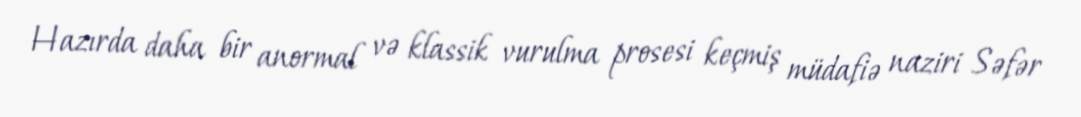
Hazırda daha bir anormal və klassik vurulma prosesi keçmiş müdafiə naziri Səfər